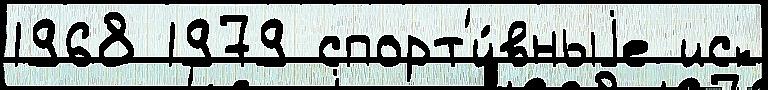
1968 1979 спорт'и́вныjе иск